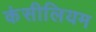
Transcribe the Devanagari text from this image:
कंसीलियम